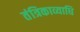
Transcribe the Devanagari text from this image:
तंत्रिकाव्याधि